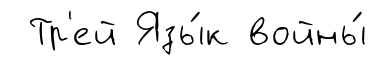
Тр'ей Язы́к войны́